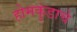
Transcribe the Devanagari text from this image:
होमकुंडाचे